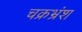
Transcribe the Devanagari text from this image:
चक्रभ्रंश